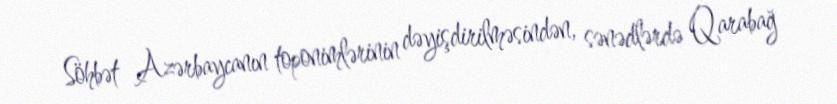
Söhbət Azərbaycanın toponimlərinin dəyişdirilməsindən, sənədlərdə Qarabağ